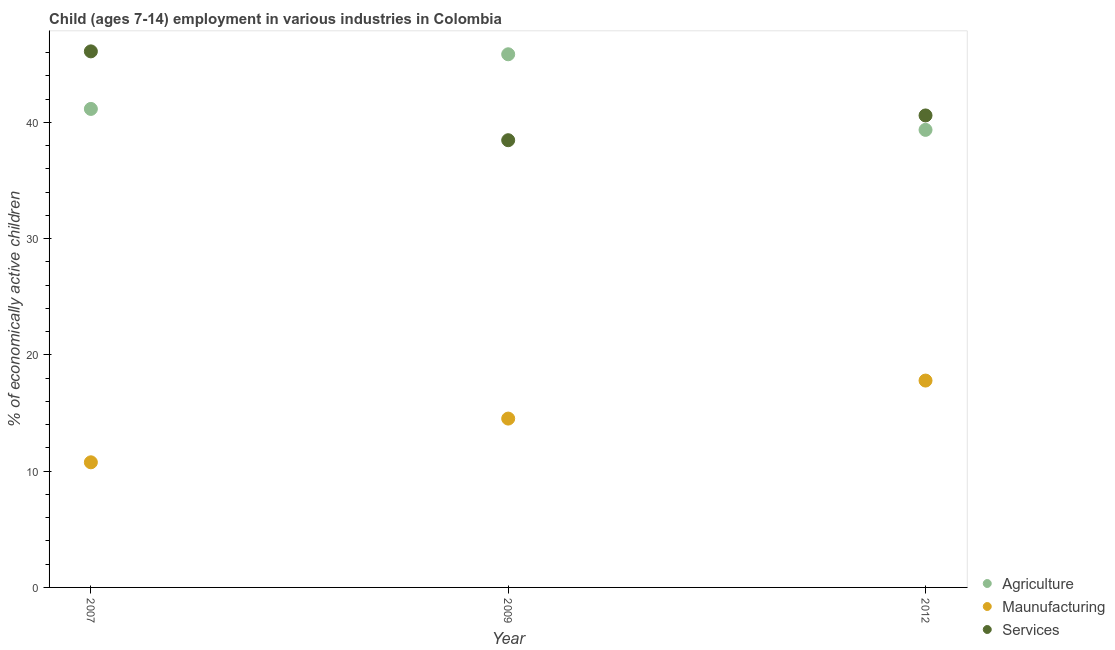
| Year | Agriculture | Maunufacturing | Services |
 | --- | --- | --- | --- |
 | 2007 | 41.1 | 10.8 | 46.1 |
 | 2009 | 45.9 | 14.5 | 38.5 |
 | 2012 | 39.4 | 17.8 | 40.6 |